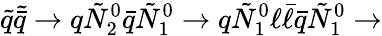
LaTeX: {\tilde{q}}{\tilde{\bar{q}}}\rightarrow q{\tilde{N}}_{2}^{0}{\bar{q}}{\tilde{N}}_{1}^{0}\rightarrow q{\tilde{N}}_{1}^{0}\ell{\bar{\ell}}{\bar{q}}{\tilde{N}}_{1}^{0}\rightarrow